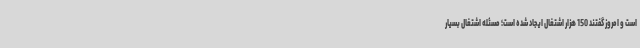
است و امروز گفتند 150 هزار اشتغال ایجاد شده است؛ مسئله اشتغال بسیار